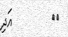
١٠         އަދި